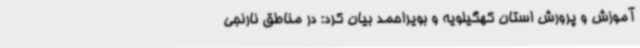
آموزش و پرورش استان کهگیلویه و بویراحمد بیان کرد: در مناطق نارنجی